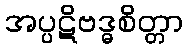
အပ္ပဋိဗဒ္ဓစိတ္တာ